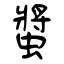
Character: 螿